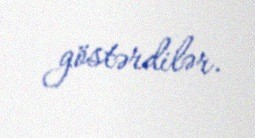
göstərdilər.